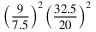
\left( { \frac { 9 } { 7 . 5 } } \right) ^ { 2 } \left( { \frac { 3 2 . 5 } { 2 0 } } \right) ^ { 2 }